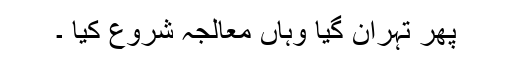
پھر تہران گیا وہاں معالجہ شروع کیا ۔